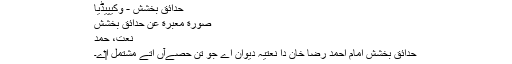
حدائق بخشش - وکیپیڈیا
صورة معبرة عن حدائق بخشش
نعت، حمد
حدائق بخشش امام احمد رضا خان دا نعتیہ دیوان اے جو تن حصےآں اُتے مشتمل ا‏‏ے۔